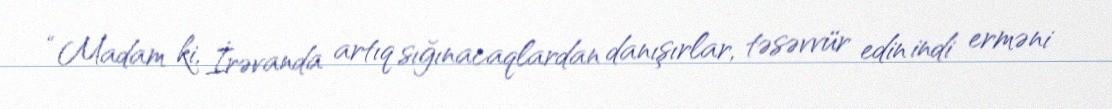
“Madam ki, İrəvanda artıq sığınacaqlardan danışırlar, təsəvvür edin indi erməni